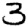
Digit: 3